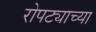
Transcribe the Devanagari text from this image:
रोपट्याच्या